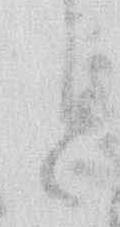
と